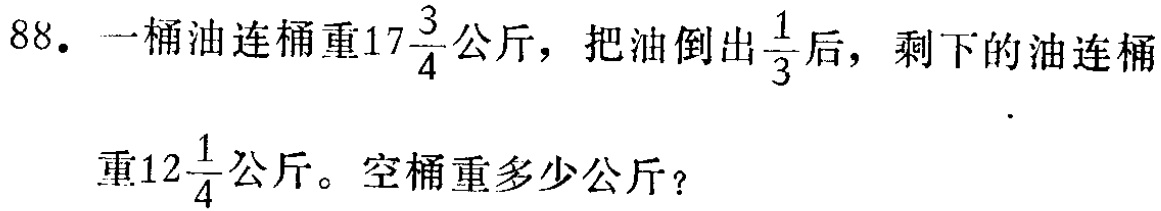
88. 一桶油连桶重\(17\frac{3}{4}\)公斤，把油倒出\(\frac{1}{3}\)后，剩下的油连桶重\(12\frac{1}{4}\)公斤。空桶重多少公斤？